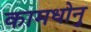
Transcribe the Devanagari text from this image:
कामधोनु